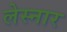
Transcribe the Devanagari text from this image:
लेस्नार